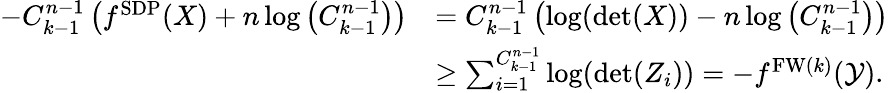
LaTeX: \begin{array}{rl}{-{C_{k-1}^{n-1}}\left(f^{\mathrm{SDP}}(X)+n\log\left({C_{k-1}^{n-1}}\right)\right)}&{={C_{k-1}^{n-1}}\left(\log(\operatorname*{det}(X))-n\log\left({C_{k-1}^{n-1}}\right)\right)}\\ &{\ge\sum_{i=1}^{{C_{k-1}^{n-1}}}\log(\operatorname*{det}(Z_{i}))=-f^{\mathrm{FW}(k)}(\mathcal{Y}).}\end{array}